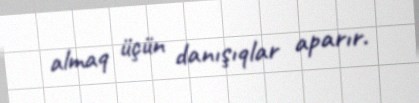
almaq üçün danışıqlar aparır.